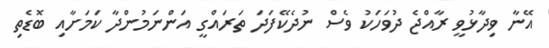
އޭނާ ވިދާޅުވީ ރާއްޖެ ދުވަހަކު ވެސް ނުދެކޭފަދަ ތަރައްގީ އަންނަމުންދާ ކަމަށާއި ބޮޑެތި